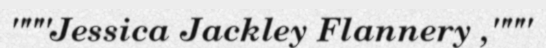
"""Jessica Jackley Flannery ,"""